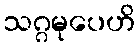
သဂ္ဂမုပေဟိ